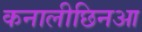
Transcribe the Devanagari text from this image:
कनालीछिनआ